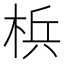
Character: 梹